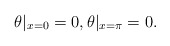
\begin{align*}\theta|_{x=0}=0,\theta|_{x=\pi}=0.\end{align*}